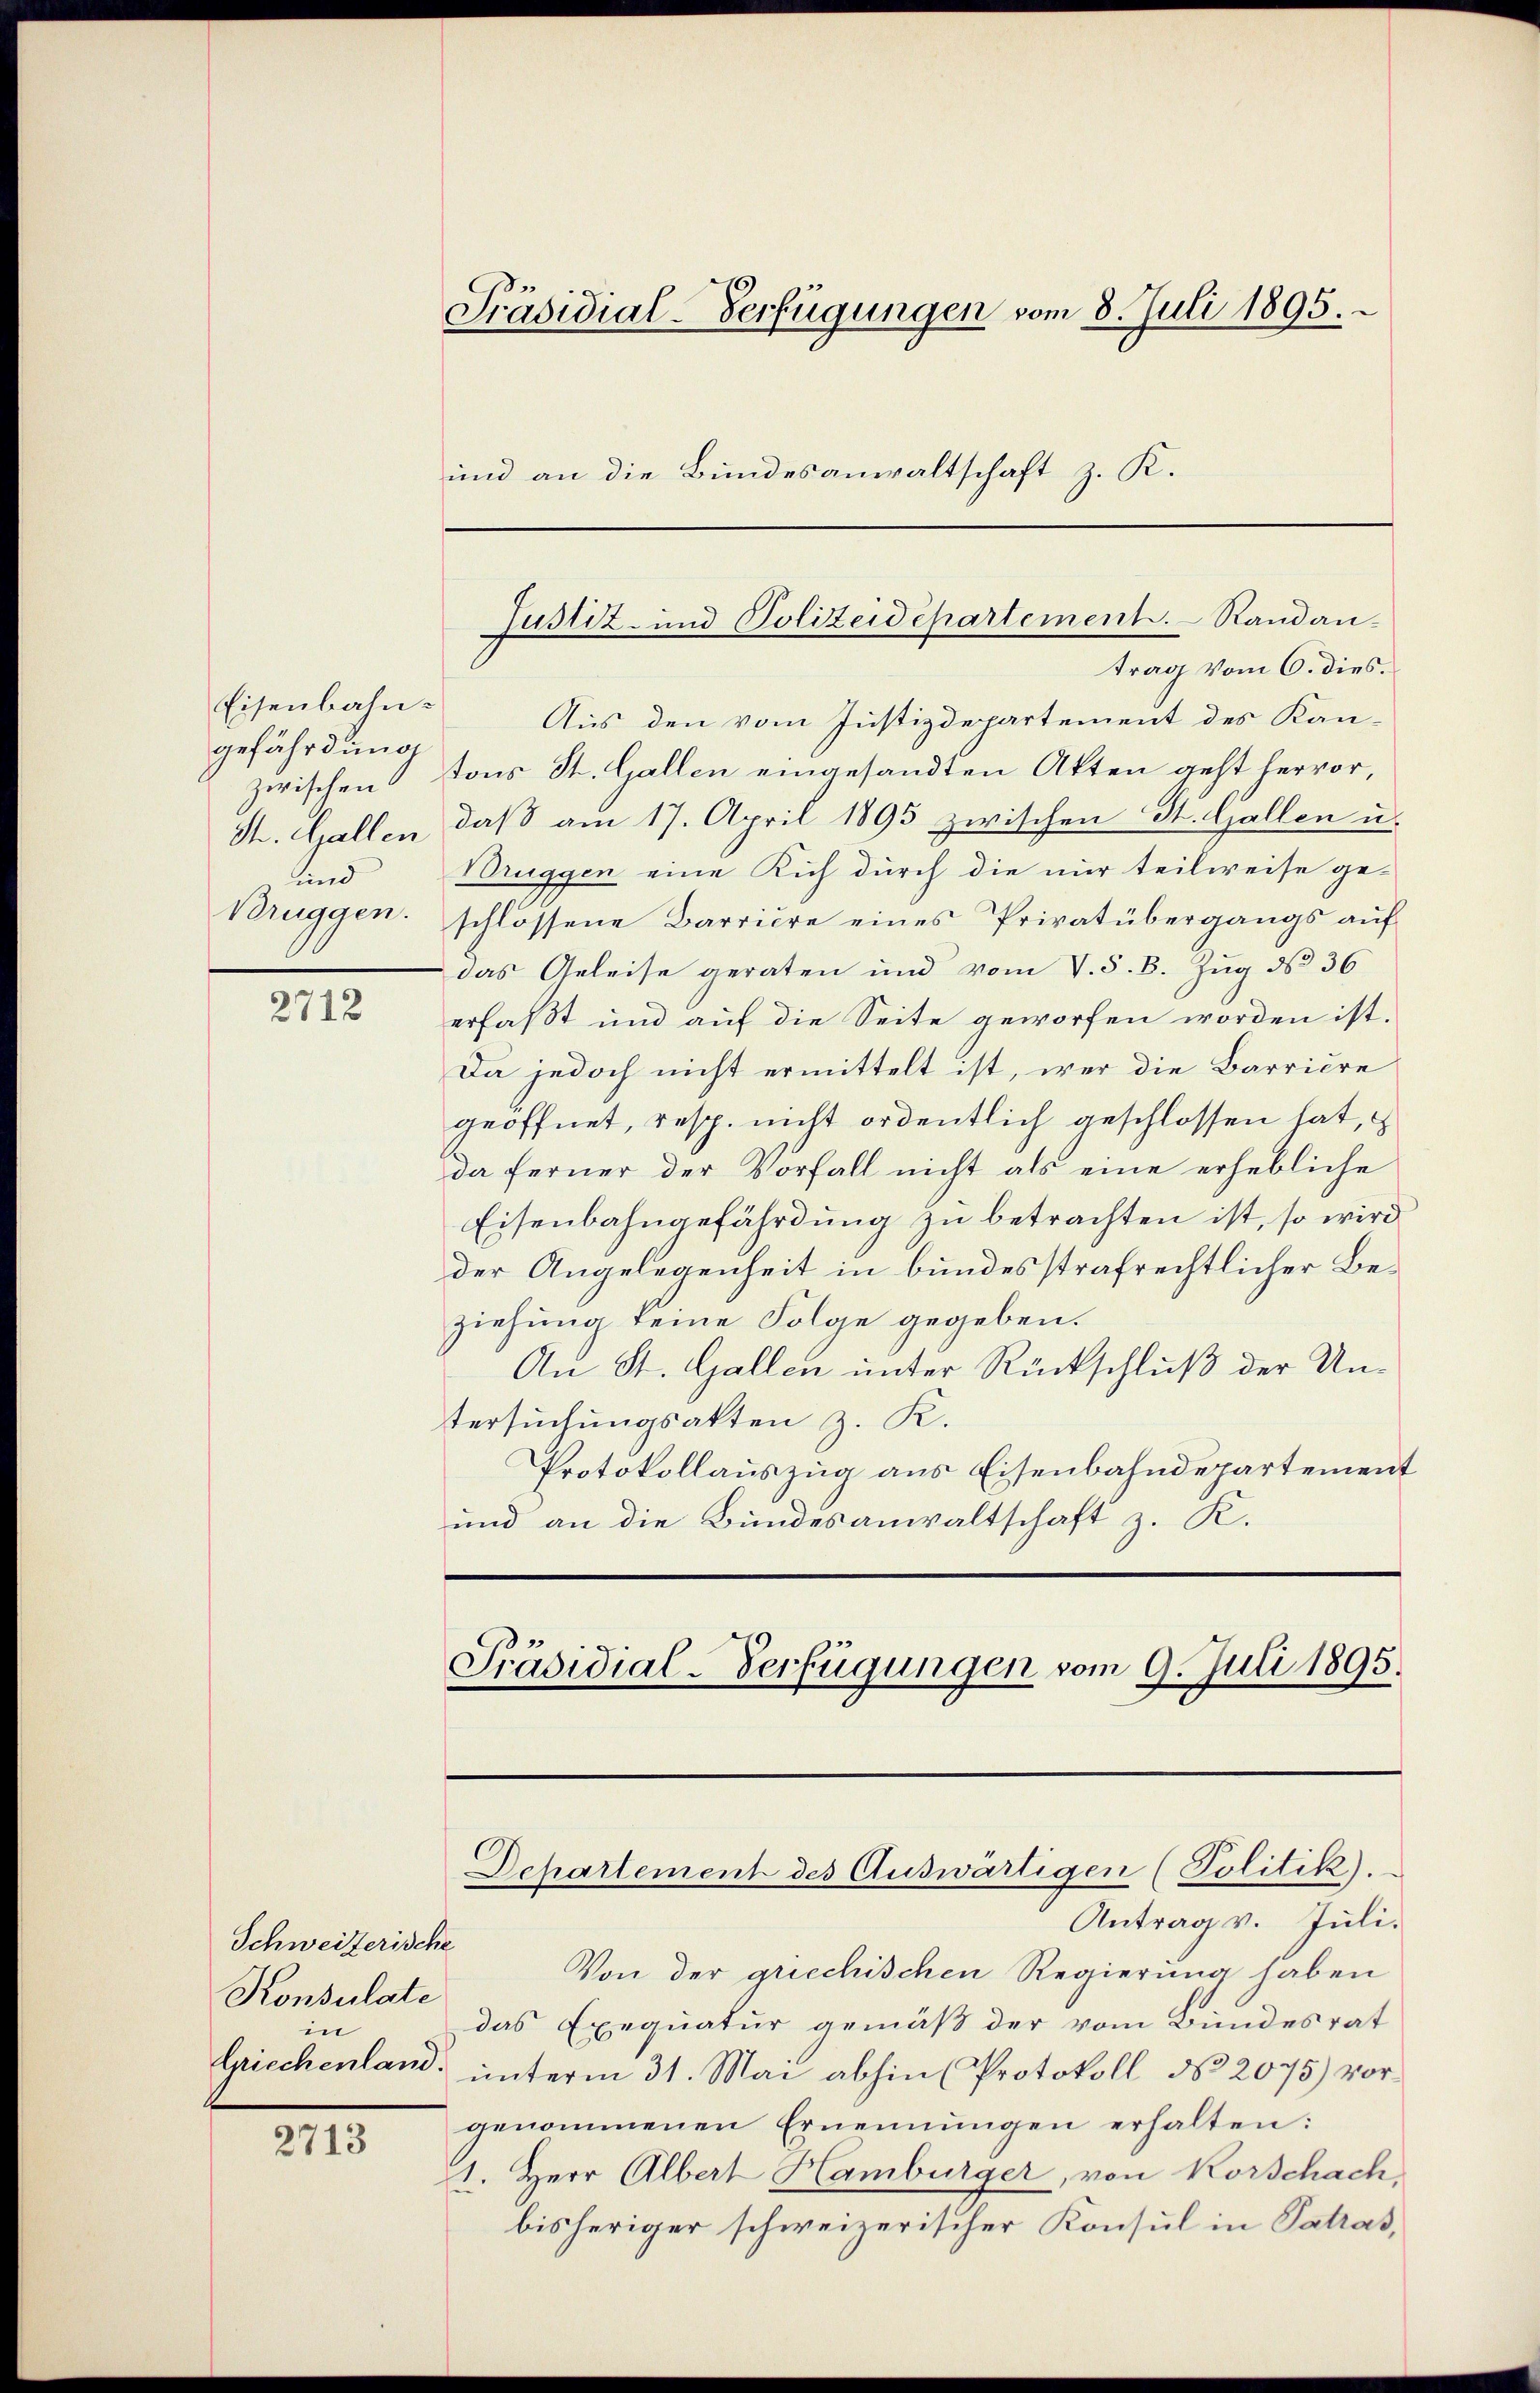
Eisenbahngefährdung
zwischen
St. Gallen
und

2712

Schweizerische
Konsulate
in

2713

Präsidial-Verfügungen vom 8. Juli 1895.
und an die Bundesanwaltschaft z. K.

trag vom 6. dies
Aus den vom Justizdepartement des Kantons St. Gallen eingesandten Akten geht hervor,
daß am 17. April 1895 zwischen St. Gallen u.
Brüggen eine Kich durch die nur teilweise ge¬
Bruggen. schlossene Barriere eines Privatübergangs auf
das Geleise geraten und vom V. S. B. Zŭg d 36
erfaßt und auf die Seite geworfen worden ist.
Da jedoch nicht ermittelt ist, wer die Barriere
geöffnet, resp. nicht ordentlich geschlossen hat,
da ferner der Vorfall nicht als eine erhebliche
Eisenbahngefährdung zu betrachten ist, so wird
der Angelegenheit in bundesstrafrechtlicher Beziehung keine Folge gegeben.
An St. Gallen unter Rückschluß der Untersuchungsakten z. R.
Protokollauszug aus Eisenbahndepartement
und an die Bundesanwaltschaft z. K.

Justiz- und Polizeidepartement. Randan

Präsidial-Verfügungen vom 9. Juli 1895.

Dchartement des Auswärtigen (Politik).

Antrag v. Juli.
Von der griechischen Regierung haben
das Exequatur gemäß der vom Bundesrat
Griechenland unterm 31. Mai abhin (Protokoll No 2075) vorgenommenen Ernennungen erhalten:
1. Herr Albert Hamburger, von Korschach
bisheriger schweizerischer Konsul in Patras,